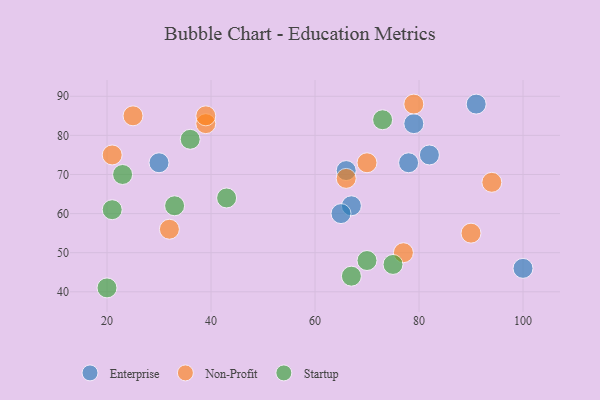
{"axis": {"x": "GDP", "y": "Life Expectancy"}, "legend": ["Enterprise", "Non-Profit", "Startup"], "data": [{"x": "78", "y": 73, "type": "Enterprise"}, {"x": "91", "y": 88, "type": "Enterprise"}, {"x": "66", "y": 71, "type": "Enterprise"}, {"x": "67", "y": 62, "type": "Enterprise"}, {"x": "65", "y": 60, "type": "Enterprise"}, {"x": "82", "y": 75, "type": "Enterprise"}, {"x": "100", "y": 46, "type": "Enterprise"}, {"x": "30", "y": 73, "type": "Enterprise"}, {"x": "79", "y": 83, "type": "Enterprise"}, {"x": "70", "y": 73, "type": "Non-Profit"}, {"x": "66", "y": 69, "type": "Non-Profit"}, {"x": "94", "y": 68, "type": "Non-Profit"}, {"x": "32", "y": 56, "type": "Non-Profit"}, {"x": "39", "y": 83, "type": "Non-Profit"}, {"x": "39", "y": 85, "type": "Non-Profit"}, {"x": "79", "y": 88, "type": "Non-Profit"}, {"x": "21", "y": 75, "type": "Non-Profit"}, {"x": "25", "y": 85, "type": "Non-Profit"}, {"x": "77", "y": 50, "type": "Non-Profit"}, {"x": "90", "y": 55, "type": "Non-Profit"}, {"x": "20", "y": 41, "type": "Startup"}, {"x": "75", "y": 47, "type": "Startup"}, {"x": "21", "y": 61, "type": "Startup"}, {"x": "43", "y": 64, "type": "Startup"}, {"x": "73", "y": 84, "type": "Startup"}, {"x": "36", "y": 79, "type": "Startup"}, {"x": "70", "y": 48, "type": "Startup"}, {"x": "23", "y": 70, "type": "Startup"}, {"x": "67", "y": 44, "type": "Startup"}, {"x": "33", "y": 62, "type": "Startup"}]}